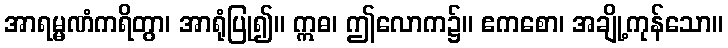
အာရမ္မဏံကရိတွာ၊ အာရုံပြု၍။ ဣဓ၊ ဤလောက၌။ ဧကစော၊ အချို့ကုန်သော။